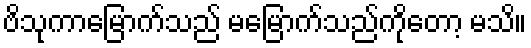
ဗိသုကာမြောက်သည် မမြောက်သည်ကိုတော့ မသိ။